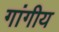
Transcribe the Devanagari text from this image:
गांगीय